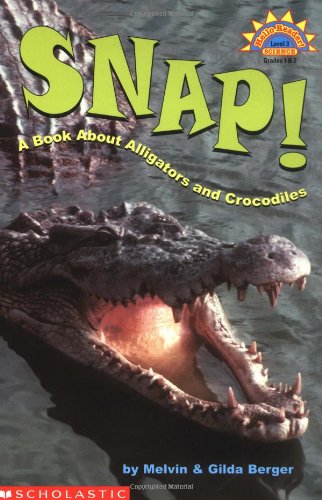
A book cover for Scholastic Reader Level 3: Snap! A Book About Alligators and Crocodiles; Melvin Berger; Children's Books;